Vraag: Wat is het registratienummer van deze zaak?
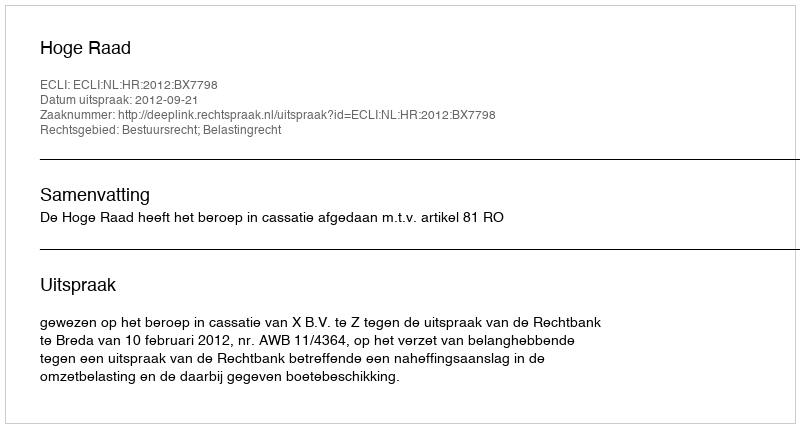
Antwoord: http://deeplink.rechtspraak.nl/uitspraak?id=ECLI:NL:HR:2012:BX7798